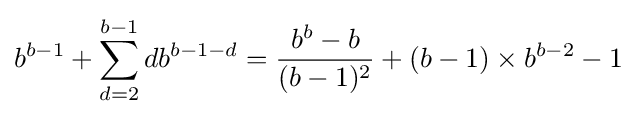
b^{b-1}+\sum _{d=2}^{b-1}db^{b-1-d}={\frac {b^{b}-b}{(b-1)^{2}}}+(b-1)\times b^{b-2}-1